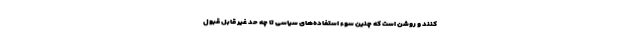
کنند و روشن است که چنین سوء استفاده‌های سیاسی تا چه حد غیر قابل قبول